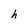
Character: h